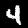
Label: 4